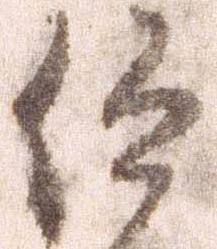
仰